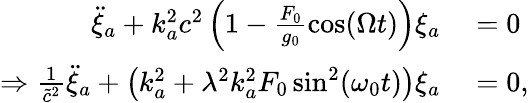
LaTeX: \begin{array}{rl}{\ddot{\xi}_{a}+k_{a}^{2}c^{2}\left(1-\frac{F_{0}}{g_{0}}\cos(\Omega t)\right)\xi_{a}}&{{}=0}\\ {\Rightarrow\frac{1}{\tilde{c}^{2}}\ddot{\xi}_{a}+\left(k_{a}^{2}+\lambda^{2}k_{a}^{2}F_{0}\sin^{2}(\omega_{0}t)\right)\xi_{a}}&{{}=0,}\end{array}